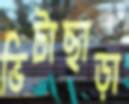
ভিটাছাড়া